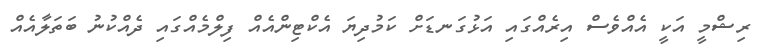
ރިޝްމީ އަކީ އެއްވެސް އިރެއްގައި އަޅުގަނޑަށް ކަމުދިޔަ އެކްޓިންއެއް ފިލްމެއްގައި ދެއްކުނު ބަތަލާއެއް